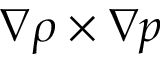
\nabla \rho \times \nabla p